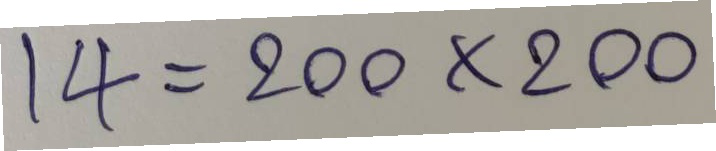
14 = 200x200